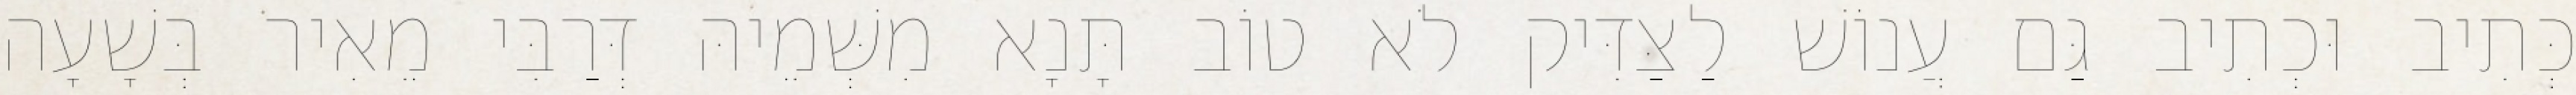
כְּתִיב וּכְתִיב גַּם עֲנוֹשׁ לַצַּדִּיק לֹא טוֹב תָּנָא מִשְּׁמֵיהּ דְּרַבִּי מֵאִיר בְּשָׁעָה